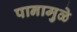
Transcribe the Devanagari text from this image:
पानामुळे